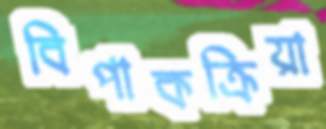
বিপাকক্রিয়া